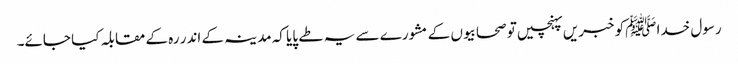
رسول خدا ﷺکو خبریں پہنچیں تو صحابیوں کے مشورے سے یہ طے پایا کہ مدینہ کے اندر رہ کے مقابلہ کیا جائے۔